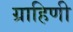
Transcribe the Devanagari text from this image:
ग्राहिणी